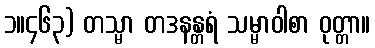
၁။၄၆၃) တသ္မာ တဒနန္တရံ သမ္မာဝါစာ ဝုတ္တာ။